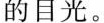
的目光。